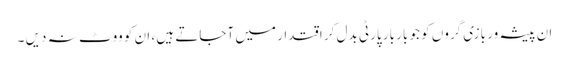
ان پیشہ ور بازی گروں کو جو بار بار پارٹی بدل کر اقتدار میں آجاتے ہیں ، ان کو ووٹ نہ دیں ۔